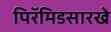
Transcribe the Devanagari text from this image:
पिरॅमिडसारखे